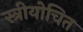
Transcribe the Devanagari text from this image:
स्त्रीयोचित